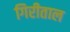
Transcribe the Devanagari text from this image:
गिरीताल